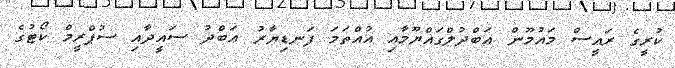
ކުރީގެ ރައީސް މައުމޫން ޢަބްދުލްގައްޔޫމާއި އުއްތަމަ ފަނޑިޔާރު ޢަބްދު ސައީދާއި ސުޕްރީމް ކޯޓުގެ